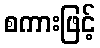
စကားဖြင့်